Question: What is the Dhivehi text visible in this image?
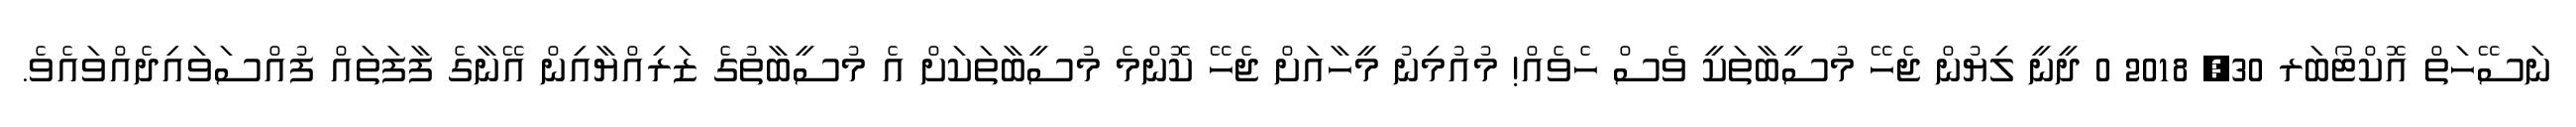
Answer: ނަސޭހަތް އޮކްޓޯބަރ 30, 2018 0 ދީނީ ލިޔުން ޖެހޭ މުސީބާތަކީ ވެސް ހެވެއް! މުއުމިނު މީހާއަށް ޖެހޭ ކޮންމެ މުސީބާތަކަށް އެ މުސީބާތުގެ ޒަރިއްޔާއިން އޭނާގެ ފާފަތައް ފުއްސަވައިދެއްވައެވެ.